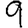
Digit: 9